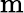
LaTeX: \mathrm{m}